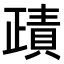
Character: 𧶷